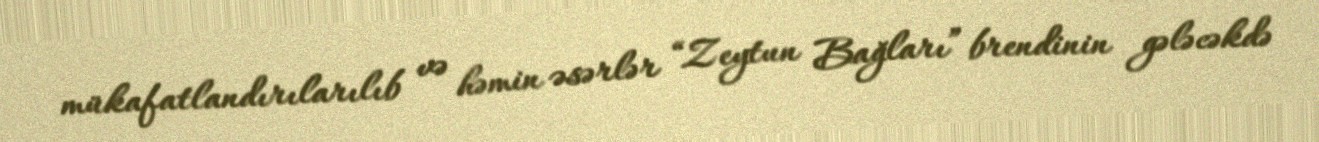
mükafatlandırılarılıb və həmin əsərlər “Zeytun Bağları” brendinin gələcəkdə